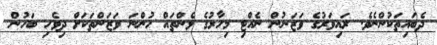
ދެބައިތަކުންނެވެ. ރައިވަރުގެ ވަޒަނުން ނެއްޓި މިހާރުގެ ޅެންތައް ހުންނަ ވަޒަންތަކަށް ދިވެހި ބަހުން